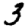
Digit: 3